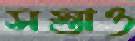
সস্তাও